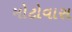
મોટોવાસ